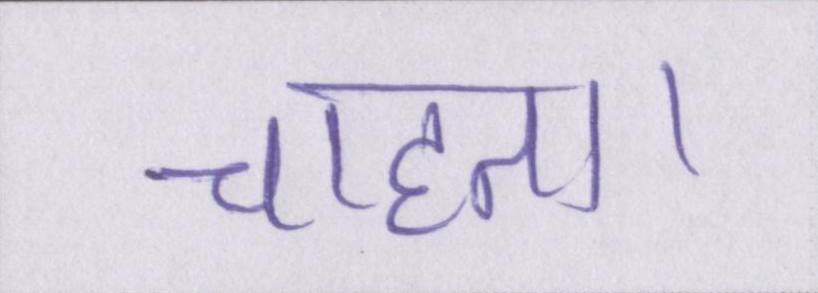
चाहता।